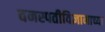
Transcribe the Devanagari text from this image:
वनस्पतीविज्ञानाच्या